Annual report of lunatic asylums [Bombay] - 1912-1922
Year: 1912
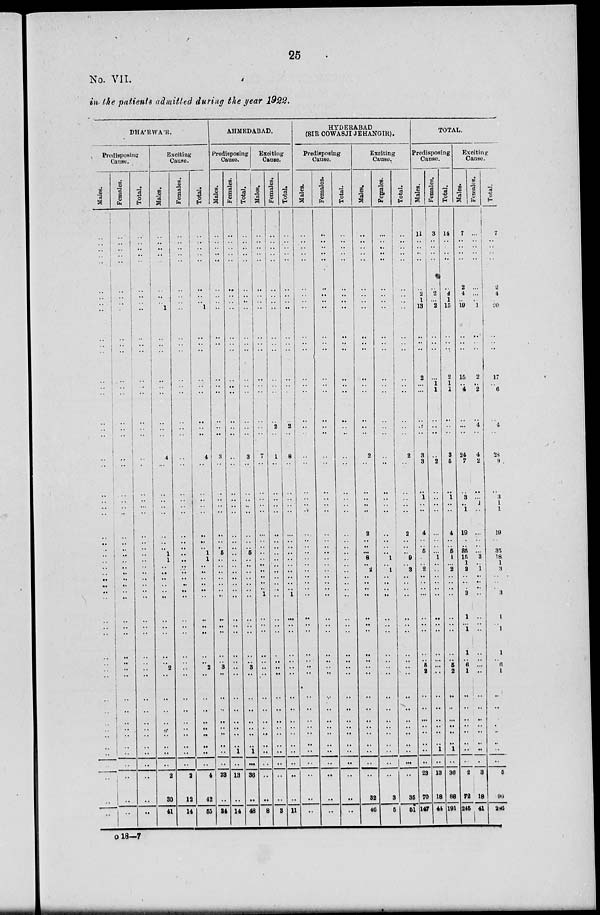
25
No. VII.
in the patients admitted during the year 1922.
DHA'RWA'R.
Predisposing
Cause.
Males.
..
..
..
..
..
..
..
..
..
..
..
..
..
..
..
..
..
..
..
..
..
..
..
..
..
..
..
..
..
..
..
..
..
..
..
..
..
..
..
..
..
..
..
..
..
..
..
.. ..
..
..
..
..
Females.
..
..
..
..
..
..
..
..
..
..
..
..
..
..
..
..
..
..
..
..
..
..
..
..
..
..
..
..
..
..
..
..
..
..
..
..
..
..
..
..
..
..
..
..
..
..
..
.. ..
..
..
..
..
Total.
..
..
..
..
..
..
..
..
..
..
..
..
..
..
..
..
..
..
..
..
..
..
..
..
..
..
..
..
..
..
..
..
..
..
..
..
..
..
..
..
..
..
..
..
..
..
..
..
..
..
..
..
..
Exciting
Cause.
Males.
..
..
..
..
..
..
..
..
1
..
..
..
..
..
..
..
..
..
4
..
..
..
..
..
..
..
..
1
1
..
..
..
..
..
..
..
..
..
..
.. 2
..
..
..
..
..
..
..
..
..
2
30
41
Females.
..
..
..
..
..
..
..
..
..
..
..
..
..
..
..
..
..
..
..
..
..
..
..
..
..
..
..
..
..
..
..
..
..
..
..
..
..
..
..
..
..
..
..
..
..
..
..
..
..
..
2
12
14
Total.
..
..
..
..
..
..
..
..
1
..
..
..
..
..
..
..
..
..
4
..
..
..
..
..
..
..
..
1
1
..
..
..
..
..
..
..
..
..
..
.. 2
..
..
..
..
..
..
..
..
..
4
42
55
AHMEDABAD.
Predisposing
Cause.
Males.
..
..
..
..
..
..
..
..
..
..
..
..
..
..
..
..
..
..
3
..
..
..
..
..
..
..
..
5
..
..
..
..
..
..
..
..
..
..
..
.. 3
..
..
..
..
..
..
..
..
..
23
..
34
Females.
..
..
..
..
..
..
..
..
..
..
..
..
..
..
..
..
..
..
..
..
..
..
..
..
..
..
..
..
..
..
..
..
..
..
..
..
..
..
..
..
..
..
..
..
..
..
..
.. 1
..
13
..
14
Total.
..
..
..
..
..
..
..
..
..
..
..
..
..
..
..
..
..
..
3
..
..
..
..
..
..
..
..
5
..
..
..
..
..
..
..
..
..
..
..
.. 3
..
..
..
..
..
..
.. 1
..
36
..
48
Exciting
Cause.
Males.
..
..
..
..
..
..
..
..
..
..
..
..
..
..
..
..
..
..
7
..
..
..
..
..
..
..
..
.. ..
..
..
..
..
..
1
..
..
..
..
..
..
..
..
..
..
..
..
..
..
..
..
..
8
Females.
..
..
..
..
..
..
..
..
..
..
..
..
..
..
..
..
2
..
1
..
..
..
..
..
..
..
..
.. ..
..
..
..
..
..
..
..
..
..
..
..
..
..
..
..
..
..
..
..
..
..
..
..
3
Total.
..
..
..
..
..
..
..
..
..
..
..
..
..
..
..
..
2
..
8
..
..
..
..
..
..
..
..
.. ..
..
..
..
..
.. 1
..
..
..
..
..
..
..
..
..
..
..
..
..
..
..
..
..
11
HYDERABAD
(SIR COWASJI JEHANGIR).
Predisposing
Cause.
Males.
..
..
..
..
..
..
..
..
..
..
..
..
..
..
..
..
..
..
..
..
..
..
..
..
..
..
..
.. ..
..
..
..
..
..
..
..
..
..
..
..
..
..
..
..
..
..
..
..
..
..
..
..
..
Females.
..
..
..
..
..
..
..
..
..
..
..
..
..
..
..
..
..
..
..
..
..
..
..
..
..
..
..
..
..
..
..
..
..
..
..
..
..
..
..
..
..
..
..
..
..
..
..
..
..
..
..
..
Total.
..
..
..
..
..
..
..
..
..
..
..
..
..
..
..
..
..
..
..
..
..
..
..
..
..
..
..
..
..
..
..
..
..
..
..
..
..
..
..
..
..
..
..
..
..
..
..
..
..
..
..
..
..
Exciting
Cause.
Males.
..
..
..
..
..
..
..
..
..
..
..
..
..
..
..
..
..
..
2
..
..
..
..
..
2
..
..
..
8
..
2
..
..
..
..
..
..
..
..
..
..
..
..
..
..
..
..
..
..
..
..
32
46
Females.
..
..
..
..
..
..
..
.. ..
..
..
..
..
..
..
..
..
..
..
..
..
..
..
..
..
..
..
1
..
1
..
..
..
..
..
..
..
..
..
..
..
..
..
..
..
..
..
..
..
..
3
5
Total.
..
..
..
..
..
..
..
..
..
..
..
..
..
..
..
..
..
..
2
..
..
..
..
..
2
..
..
..
9
..
3
..
..
..
..
..
..
..
..
..
..
..
..
..
..
..
..
..
..
..
..
35
51
TOTAL.
Predisposing
Cause.
Males.
11
..
..
..
..
..
2
1
13
..
..
..
2
..
..
..
..
..
3
3
..
1
..
..
4
..
..
5
..
..
2
..
..
..
..
..
..
..
..
.. 5
2
..
..
..
..
..
..
..
..
23
70
147
Females.
3
..
..
..
..
..
2
..
2
..
..
..
..
1
1
..
..
..
..
2
..
..
..
..
..
..
..
..
1
..
..
..
..
..
..
..
..
..
..
..
..
..
..
..
..
..
..
.. 1
..
13
18
44
Total.
14
..
..
..
..
..
4
1
15
..
..
..
2
1
1
..
..
..
3
5
..
1
..
..
4
..
..
5
1
..
2
..
..
..
..
..
..
..
..
.. 5
2
..
..
..
..
..
..
1
..
36
88
191
Exciting
Cause.
Males.
7
..
..
..
..
2
4
..
19
..
..
..
15
..
4
..
..
..
24
7
..
3
..
1
19
..
..
35
15
1
2
..
..
.. 3
1
..
1
1
.. 6
1
..
..
..
..
..
..
..
..
2
72
245
Females.
..
..
..
..
..
..
..
..
1
..
..
..
2
..
2
..
4
..
4
2
..
..
1
..
..
..
..
..
3
..
1
..
..
.. ..
..
..
..
..
..
..
..
..
..
..
..
..
..
..
..
3
18
41
Total.
7
..
..
..
..
2
4
..
20
..
..
..
17
..
6
..
4
..
28
9
..
3
1
1
19
..
35
18
1
3
..
..
.. 3
1
..
1
1
.. 6
1
..
..
..
..
..
..
..
5
90
286
o 18-7